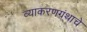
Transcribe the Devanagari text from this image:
व्याकरणग्रंथाचे